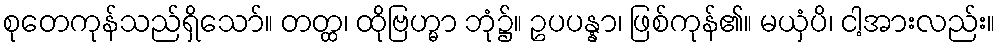
စုတေကုန်သည်ရှိသော်။ တတ္ထ၊ ထိုဗြဟ္မာ ဘုံ၌။ ဥပပန္နာ၊ ဖြစ်ကုန်၏။ မယှံပိ၊ ငါ့အားလည်း။